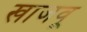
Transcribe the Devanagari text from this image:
खाजवू